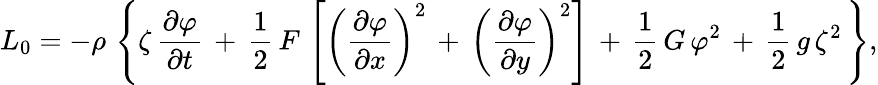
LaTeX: L_{0}=-\rho\, \left\{ \zeta\, {\frac{\partial\varphi}{\partial t}}\, +\, {\frac{1}{2}}\, F\, \left[\left({\frac{\partial\varphi}{\partial{x}}}\right)^{2}\, +\, \left({\frac{\partial\varphi}{\partial{y}}}\right)^{2}\right]\, +\, {\frac{1}{2}}\, G\, \varphi^{2}\, +\, {\frac{1}{2}}\, g\, \zeta^{2}\, \right\} ,